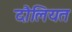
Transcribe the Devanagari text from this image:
दौलियत